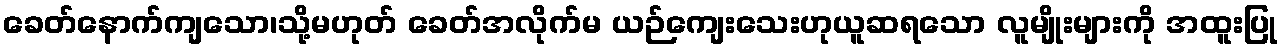
ခေတ်နောက်ကျသော၊သို့မဟုတ် ခေတ်အလိုက်မ ယဉ်ကျေးသေးဟုယူဆရသော လူမျိုးများကို အထူးပြု